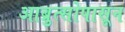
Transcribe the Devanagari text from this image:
आब्रुत्सोपासून